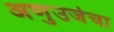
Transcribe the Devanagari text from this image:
अणुउर्जेचा